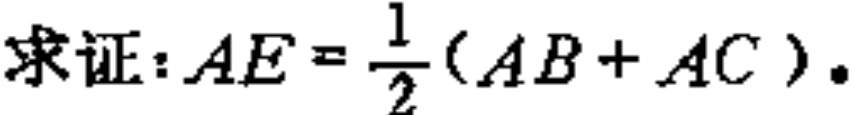
求证：\(AE = \frac{1}{2}(AB + AC)\)。